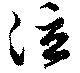
泣